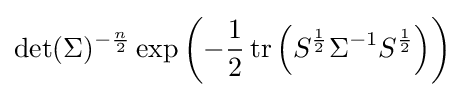
\det(\Sigma )^{-{\frac {n}{2}}}\exp \left(-{1 \over 2}\operatorname {tr} \left(S^{\frac {1}{2}}\Sigma ^{-1}S^{\frac {1}{2}}\right)\right)